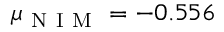
\mu _ { \mathrm { ~ N ~ I ~ M ~ } } = - 0 . 5 5 6